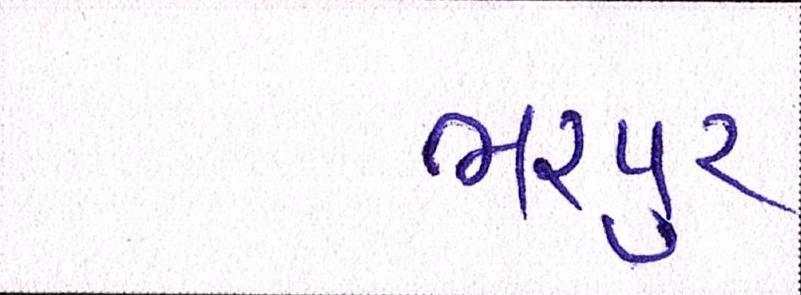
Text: ભરપુર